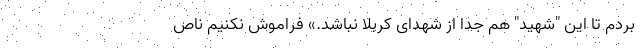
بردم تا این "شهید" هم جدا از شهدای کربلا نباشد.» فراموش نکنیم ناص